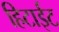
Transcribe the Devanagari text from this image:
हिटाईट